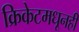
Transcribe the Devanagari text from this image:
क्रिकेटमधूनही